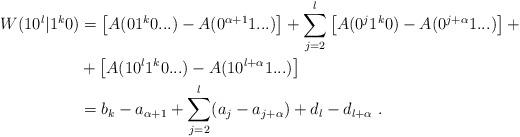
LaTeX: \begin{align*}W( 10^l | 1^k0 ) &= \left[ A(01^k0...) - A(0^{\alpha+1} 1 ...) \right] + \sum_{j=2}^l \left[ A(0^{j}1^k0) - A(0^{j+\alpha}1...) \right] + \\&+ \left[ A(10^l1^k0...) - A(10^{l+\alpha}1...) \right] \\&= b_k - a_{\alpha+1} + \sum_{j=2}^l (a_j - a_{j+\alpha}) + d_l - d_{l+\alpha} \ .\end{align*}